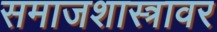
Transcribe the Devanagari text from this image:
समाजशास्त्रावर